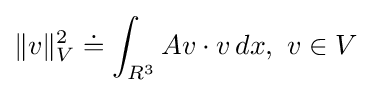
\|v\|_{V}^{2}\doteq \int _{R^{3}}Av\cdot v\,dx,\ v\in V\